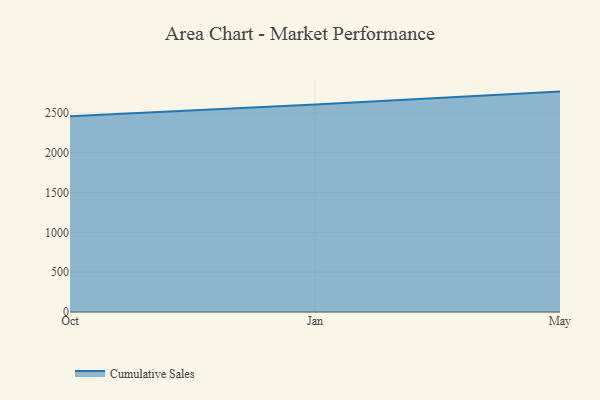
{"axis": {"x": "Month", "y": "Tickets Resolved"}, "legend": ["Cumulative Sales"], "data": [{"x": "Oct", "y": 2457.8, "type": "Cumulative Sales"}, {"x": "Jan", "y": 2603.7, "type": "Cumulative Sales"}, {"x": "May", "y": 2765.7, "type": "Cumulative Sales"}]}